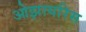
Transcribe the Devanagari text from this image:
ओझायरिस